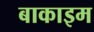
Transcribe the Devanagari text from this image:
बाकाइम